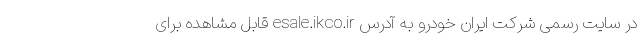
در سایت رسمی شرکت ایران خودرو به آدرس esale.ikco.ir قابل مشاهده برای